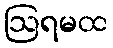
ဩရမထ